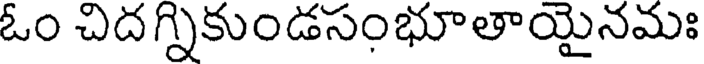
ఓం చిదగ్నికుండసంభూతాయైనమః